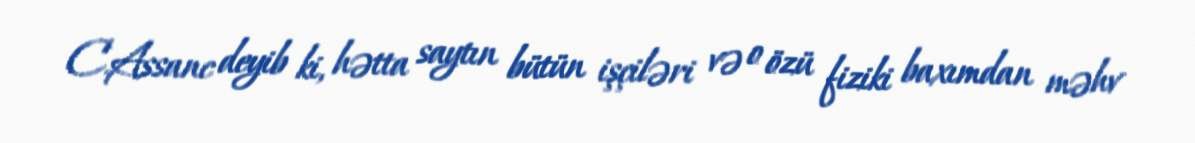
C.Assanc deyib ki, hətta saytın bütün işçiləri və o özü fiziki baxımdan məhv